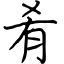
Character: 肴